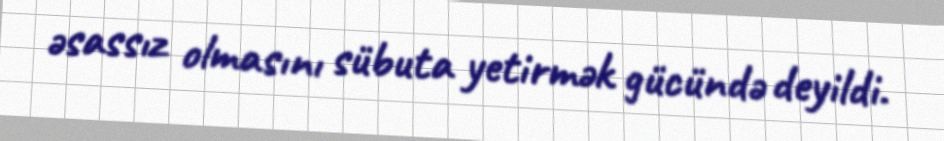
əsassız olmasını sübuta yetirmək gücündə deyildi.